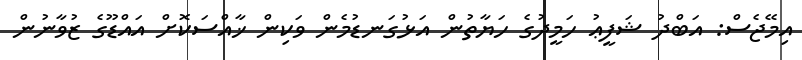
އިމޭޖެސް: އަބްދު ޝަފީޢު ހަމީދުގެ ހަޔާތުން އަޅުގަނޑުމެން ވަކިން ޚާއްސަކޮށް އައްޑޫގެ ޒުވާނުން